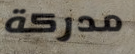
مدركة